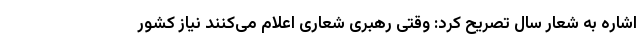
اشاره به شعار سال تصریح کرد: وقتی رهبری شعاری اعلام می‌کنند نیاز کشور